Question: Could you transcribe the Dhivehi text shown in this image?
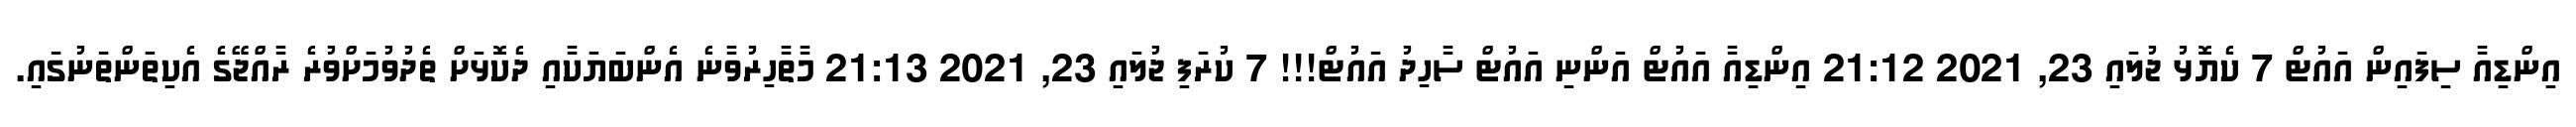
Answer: އިންޑިއާ ސިފައިން އައުޓް 7 ކެޔޮޅު ޖުލައި 23, 2021 21:12 އިންޑިއާ އައުޓް އަންނި އައުޓް ސާހިދު އައުޓް!!! 7 ކުރަފި ޖުލައި 23, 2021 21:13 މާތާހިރުވާނެ އެންބަޔަކާއި ދެކޮޅަށް ތެދުވުމަށްވުރެ ރާއްޖޭގެ އެކިތަންތަނުގައި.